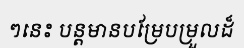
ៗនេះ បន្តមានបម្រែបម្រួលដ៏